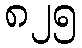
၈၂၅